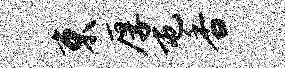
束厚屯香